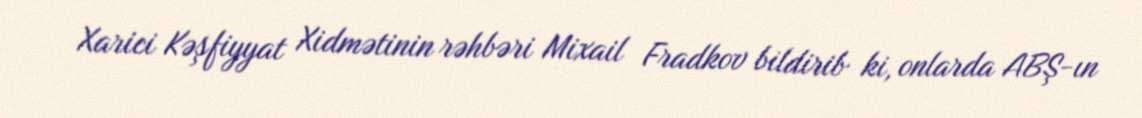
Xarici Kəşfiyyat Xidmətinin rəhbəri Mixail Fradkov bildirib ki, onlarda ABŞ-ın